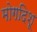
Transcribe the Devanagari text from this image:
मोगदिशू